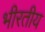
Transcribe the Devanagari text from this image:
भीरतीय